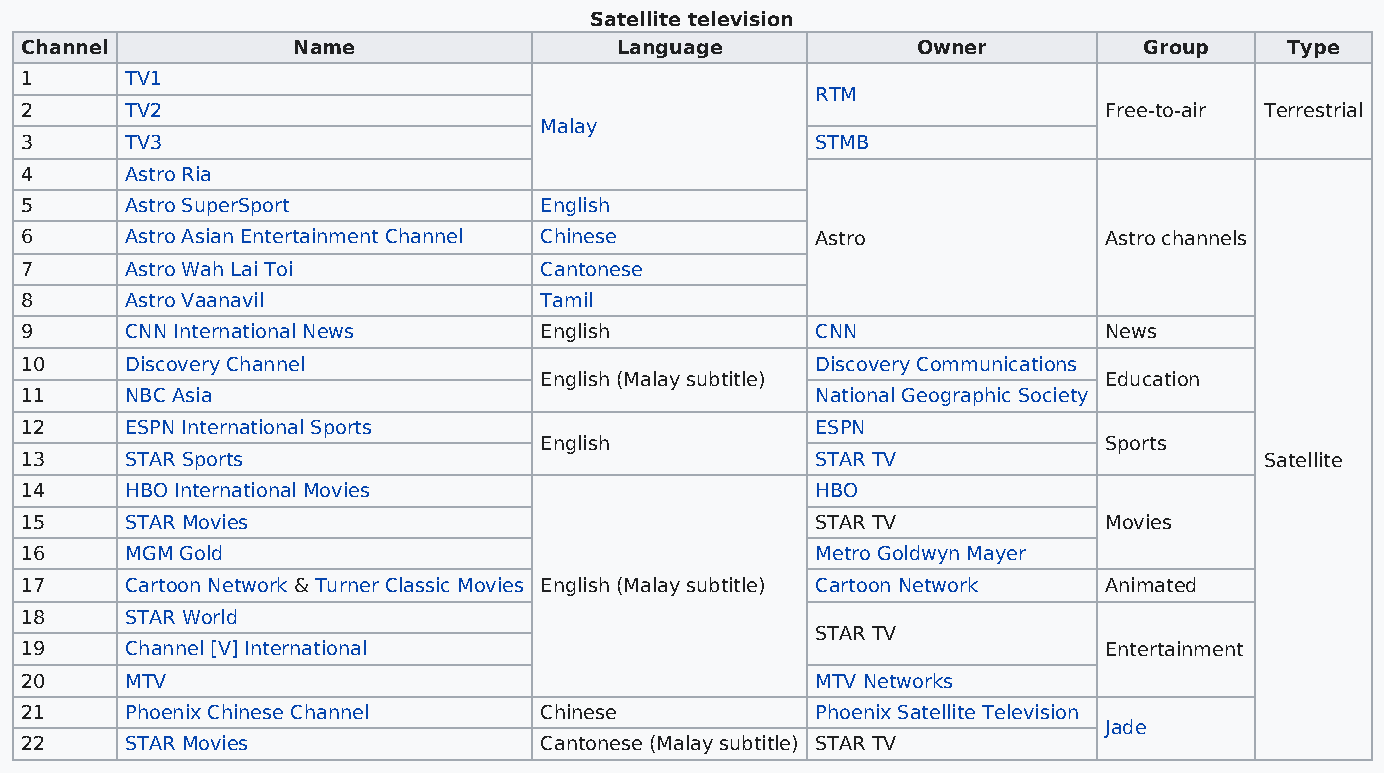
Satellite television
 Channel           Name                  Language            Owner          Group    Type
 1      TV1
 RTM
 2      TV2                                                              Free-to-air Terrestrial
 Malay
 3      TV3                                           STMB
 4      Astro Ria
 5      Astro SuperSport            English
 6      Astro Asian Entertainment Channel Chinese     Astro              Astro channels
 7      Astro Wah Lai Toi           Cantonese
 8      Astro Vaanavil              Tamil
 9      CNN International News      English           CNN                News
 10     Discovery Channel                             Discovery Communications
 English (Malay subtitle)             Education
 11     NBC Asia                                      National Geographic Society
 12     ESPN International Sports                     ESPN
 English                              Sports
 13     STAR Sports                                   STAR TV                       Satellite
 14     HBO International Movies                      HBO
 15     STAR Movies                                   STAR TV            Movies
 16     MGM Gold                                      Metro Goldwyn Mayer
 17     Cartoon Network & Turner Classic Movies English (Malay subtitle) Cartoon Network Animated
 18     STAR World
 STAR TV
 19     Channel [V] International                                        Entertainment
 20     MTV                                           MTV Networks
 21     Phoenix Chinese Channel     Chinese           Phoenix Satellite Television
 Jade
 22     STAR Movies                 Cantonese (Malay subtitle) STAR TV